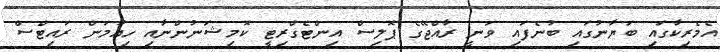
އެމެރިކާގައި ބަޔާނުގައި ބުނެފައި ވަނީ ރާއްޖޭގެ ޕޮލިސް އިންޓެގްރިޓީ ކޮމިޝަނުންނާއި ހިއުމަން ރައިޓްސް